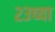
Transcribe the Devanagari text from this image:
२३च्या